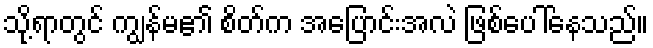
သို့ရာတွင် ကျွန်မ၏ စိတ်က အပြောင်းအလဲ ဖြစ်ပေါ်နေသည်။